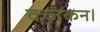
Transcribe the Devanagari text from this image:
कज़कन।